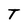
Character: T